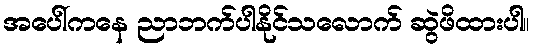
အပေါ်ကနေ ညာဘက်ပါနိုင်သလောက် ဆွဲဖိထားပါ။